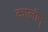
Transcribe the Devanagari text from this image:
कालीन्